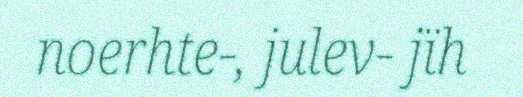
noerhte-, julev- jïh